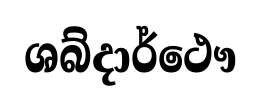
ශබ්දාර්ථෞ